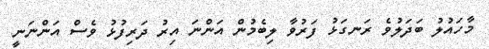
މާހައުލު ބަދަލުވެ ރަނގަޅު ފަރުވާ ލިބެމުން އަންނަ އިރު ދަރިފުޅު ވެސް އަންނަނީ